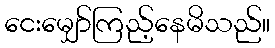
ငေးမျှော်ကြည့်နေမိသည်။